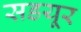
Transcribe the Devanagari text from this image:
सडयूर